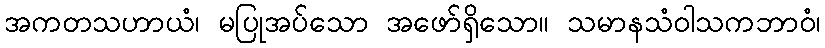
အကတသဟာယံ၊ မပြုအပ်သော အဖော်ရှိသော။ သမာနသံဝါသကဘာဝံ၊